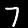
Digit: 7